Punjab Mental Hospital Lahore 1932-46 - 1932-1946
Year: 1932
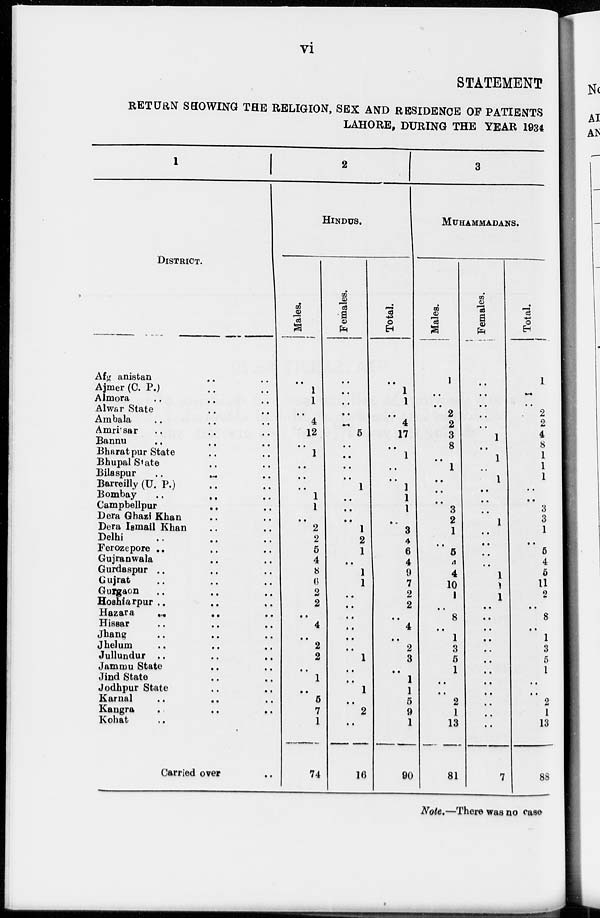
vi
STATEMENT
RETURN SHOWING THE RELIGION, SEX AND RESIDENCE OF PATIENTS
LAHORE, DURING THE YEAR 1934
1
DISTRICT.
Afganistan .. ..
Ajmer (C. P.) .. ..
Almora
..
..
..
Alwar State .. ..
Ambala .. .. ..
Amritsar .. .. ..
Bannu .. .. ..
Bharatpur State .. ..
Bhupal State .. ..
Bilaspur .. .. ..
Barreilly (U. P.) .. ..
Bombay .. .. ..
Campbellpur .. ..
Dera Ghazi Khan .. ..
Dera Ismail Khan .. ..
Delhi .. .. ..
Ferozepore .. .. ..
Gujranwala .. .. ..
Gurdaspur .. .. ..
Gujrat .. .. ..
Gurgaon .. .. ..
Hoshiarpur .. .. ..
Hazara
..
..
Hissar
..
..
..
Jhang
..
..
..
Jhelum .. .. ..
Jullundur .. .. ..
Jammu State .. ..
Jind State .. ..
Jodhpur State .. ..
Karnal
..
..
..
Kangra .. .. ..
Kohat ..
Carried over ..
2
HINDUS.
Males.
..
1
1
..
4
12
..
1
..
..
..
1
1
..
2
2
5
4
8
6
2
2
..
4
..
2
2
..
1
..
5
7
1
74
Females.
..
..
..
..
..
5
..
..
..
..
1
..
..
..
1
2
1
..
1
1
..
..
..
..
..
..
1
..
..
1
..
2
..
16
Total.
..
1
1
..
4
17
..
1
..
..
1
1
1
..
3
4
6
..
9
7
2
2
..
4
..
2
3
..
1
1
5
9
1
90
3
MUHAMMADANS.
Males.
1
..
..
2
2
3
8
..
1
..
1
1
3
2
1
..
5
4
4
10
1
..
8
..
1
3
5
1
..
..
2
1
13
81
Females.
..
..
..
..
..
1
..
1
..
1
..
..
..
1
..
..
..
4
1
1
1
..
..
..
..
..
..
..
..
..
..
..
..
7
Total.
1
..
..
2
2
4
8
1
1
1
..
..
3
3
1
..
5
4
5
11
2
..
8
..
1
3
5
1
..
..
2
1
13
88
Note.—There was no case